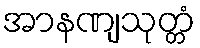
အာနဏျသုတ္တံ